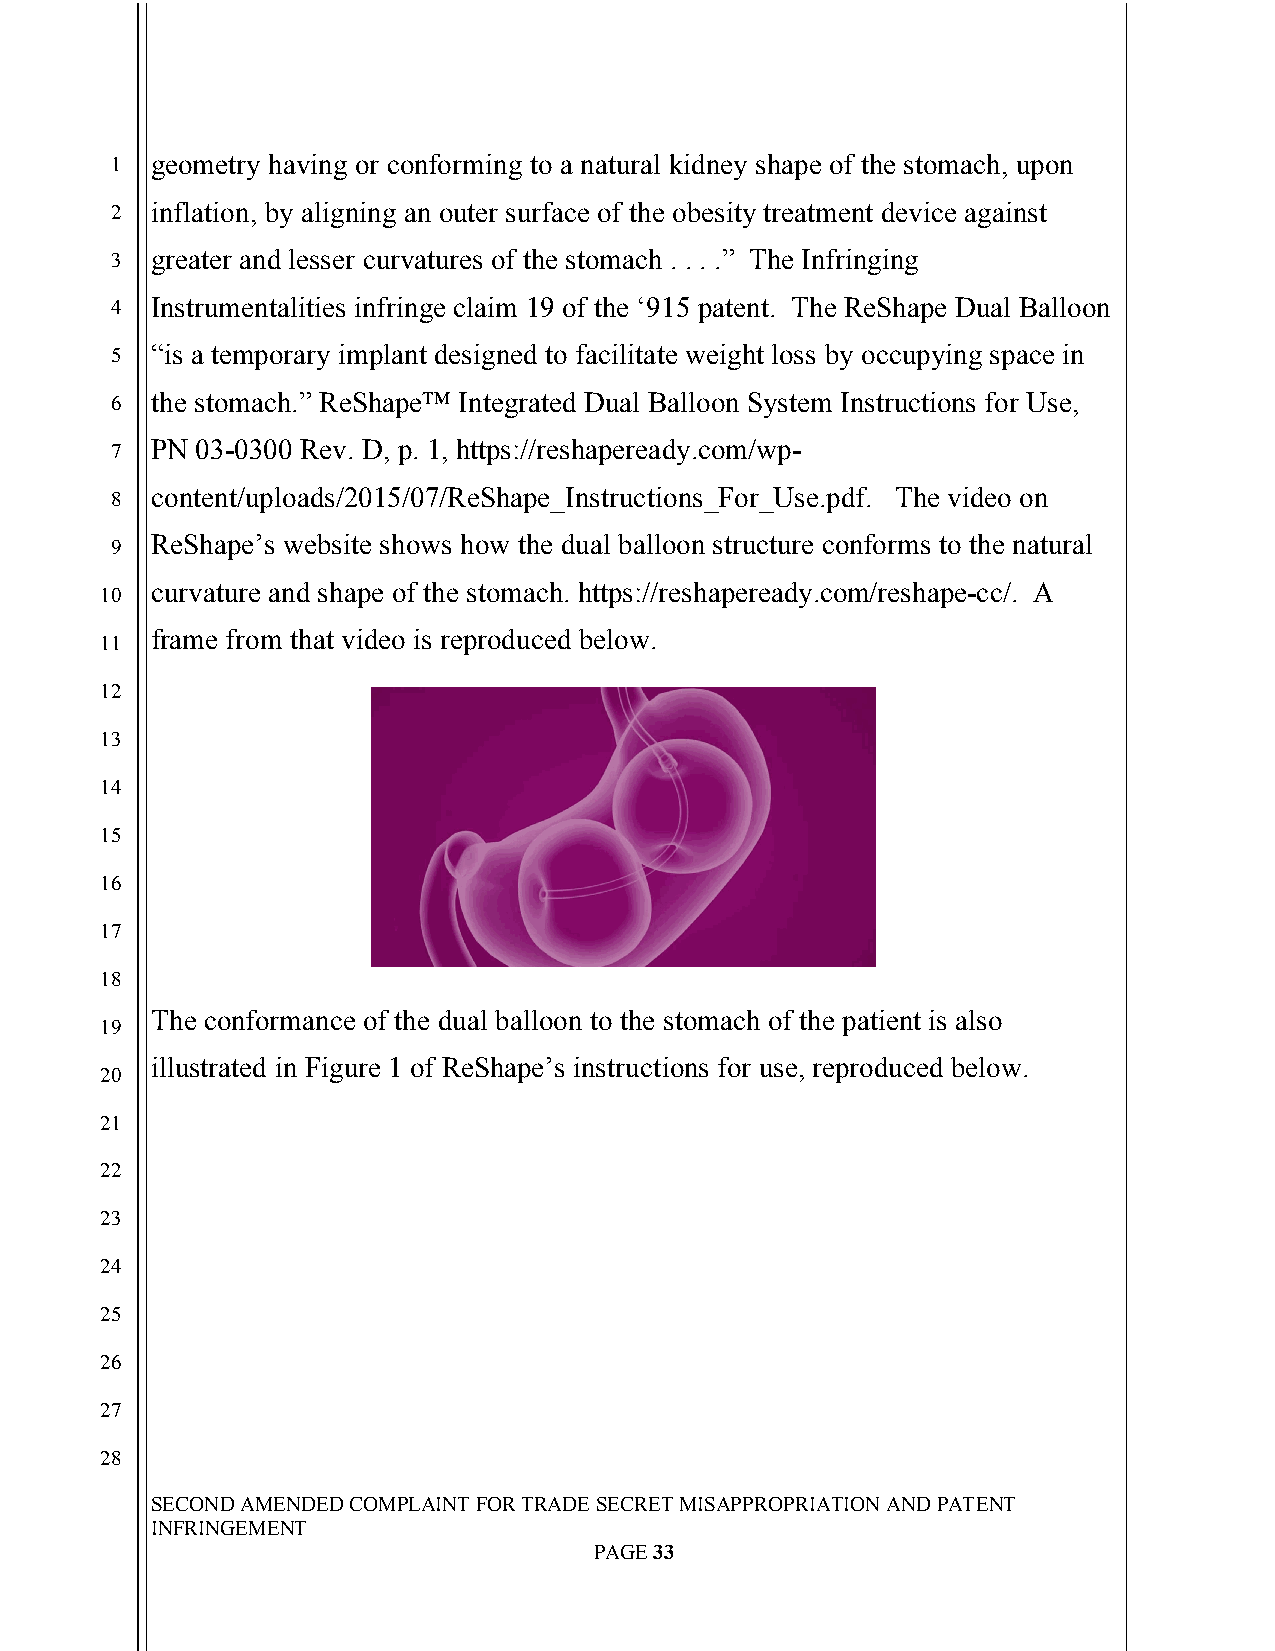
`
 1  geometry having or conforming to a natural kidney shape of the stomach, upon
 2  inflation, by aligning an outer surface of the obesity treatment device against
 3  greater and lesser curvatures of the stomach . . . .” The Infringing
 4  Instrumentalities infringe claim 19 of the ‘915 patent. The ReShape Dual Balloon
 5  “is a temporary implant designed to facilitate weight loss by occupying space in
 6  the stomach.” ReShape™ Integrated Dual Balloon System Instructions for Use,
 7  PN 03-0300 Rev. D, p. 1, https://reshapeready.com/wp-
 8  content/uploads/2015/07/ReShape_Instructions_For_Use.pdf. The video on
 ReShape’s website shows how the dual balloon structure conforms to the natural
 9
 curvature and shape of the stomach. https://reshapeready.com/reshape-cc/. A
 10
 frame from that video is reproduced below.
 11
 12
 13
 14
 15
 16
 17
 18
 The conformance of the dual balloon to the stomach of the patient is also
 19
 illustrated in Figure 1 of ReShape’s instructions for use, reproduced below.
 20
 21
 22
 23
 24
 25
 26
 27
 28
 SECOND AMENDED COMPLAINT FOR TRADE SECRET MISAPPROPRIATION AND PATENT
 INFRINGEMENT
 PAGE 33